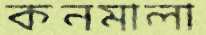
কনমালা